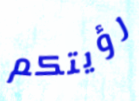
رؤيتكم